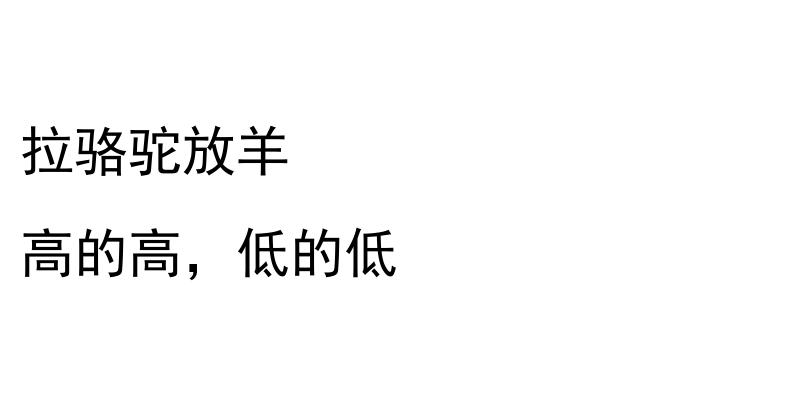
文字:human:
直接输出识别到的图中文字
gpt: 拉骆驼放羊 高的高，低的低